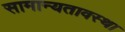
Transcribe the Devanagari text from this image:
सामान्यतावस्था